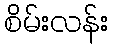
စိမ်းလန်း